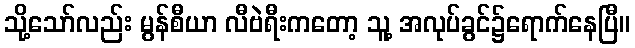
သို့သော်လည်း မွန်စီယာ လီဗဲရီးကတော့ သူ့ အလုပ်ခွင်၌ရောက်နေပြီ။